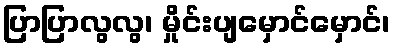
ပြာပြာလွလွ၊ မှိုင်းပျမှောင်မှောင်၊